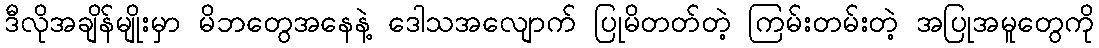
ဒီလိုအချိန်မျိုးမှာ မိဘတွေအနေနဲ့ ဒေါသအလျောက် ပြုမိတတ်တဲ့ ကြမ်းတမ်းတဲ့ အပြုအမူတွေကို